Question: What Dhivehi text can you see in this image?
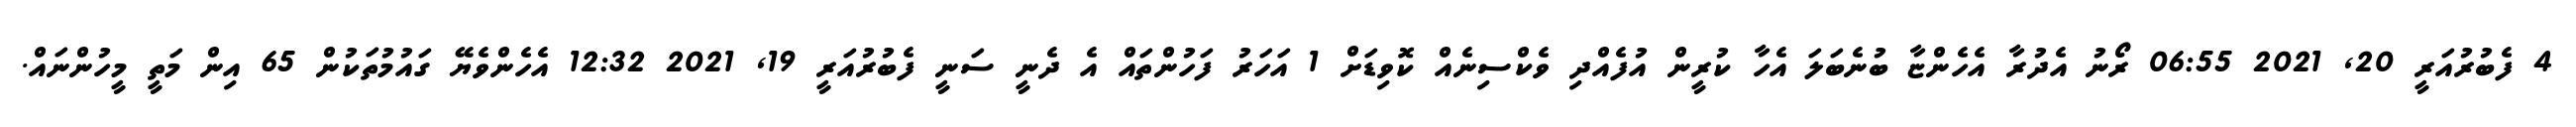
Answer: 4 ފެބުރުއަރީ 20, 2021 06:55 ރޯނު އެދުރާ އެހެންޏާ ބުނެބަލަ އެހާ ކުރީން އުފެއްދި ވެކްސިނެއް ކޮވިޑަށް 1 އަހަރު ފަހުންތައް އެ ދެނީ ސަނީ ފެބުރުއަރީ 19, 2021 12:32 އެހެންވެޔޭ ގައުމުތަކުން 65 އިން މަތީ މީހުންނައް.